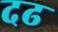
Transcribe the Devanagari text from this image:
दढ